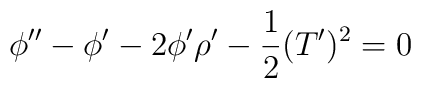
\phi'' -\phi' -2 \phi'\rho' -\frac{1}{2} (T')^2 =0